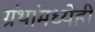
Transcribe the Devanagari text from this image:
ग्रंथांमध्येही